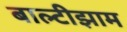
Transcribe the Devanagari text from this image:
बाल्टीझाम